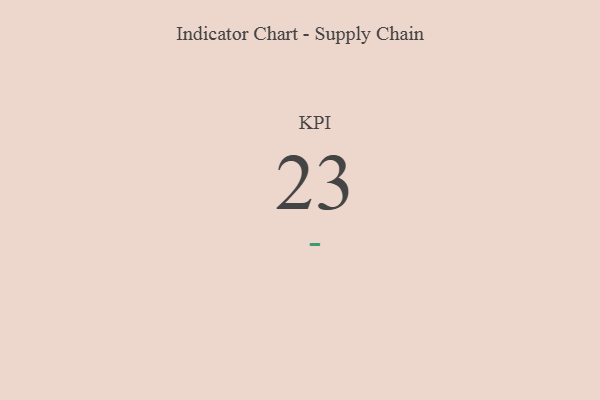
{"axis": {"x": "KPI", "y": "Value"}, "legend": [""], "data": [{"x": "KPI", "y": 23, "type": ""}]}